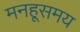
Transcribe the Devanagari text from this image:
मनहूसमय